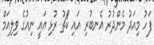
ފަހު މިއަދު މެންދުރު އެނބުރި އައި ކޯޗު ރުޅި އައީ ނިއުގެ ވިލިއަމް